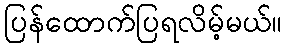
ပြန်ထောက်ပြရလိမ့်မယ်။